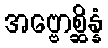
အဗ္ဗောစ္ဆိန္နံ